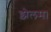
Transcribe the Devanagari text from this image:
झेलम।